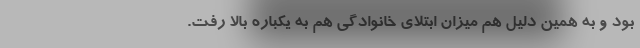
بود و به همین دلیل هم میزان ابتلای خانوادگی هم به یکباره بالا رفت.